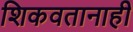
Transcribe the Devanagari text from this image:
शिकवतानाही